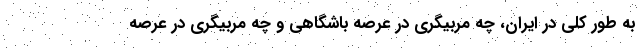
به طور کلی در ایران، چه مربیگری در عرصه باشگاهی و چه مربیگری در عرصه